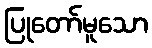
ပြုတော်မူသော